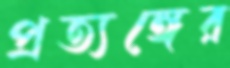
প্রত্যঙ্গের